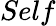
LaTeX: Self